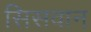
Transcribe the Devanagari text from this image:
सिसवान